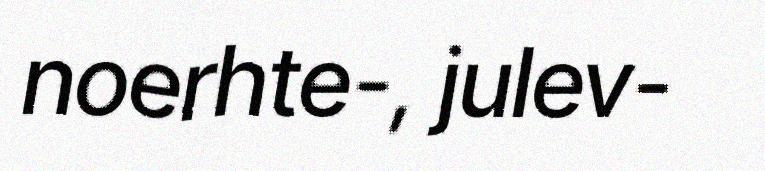
noerhte-, julev-